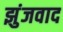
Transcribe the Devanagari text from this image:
झुंजवाद